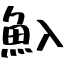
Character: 魞